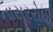
નાસૂરરોધી